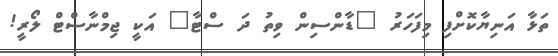
ތަޅާ އަނިޔާކޮށްފި މިފަހަރު "ޑާންސިން ވިތު ދަ ސްޓާ" އަކީ ޖިމްނާސްޓް ލޯރީ!